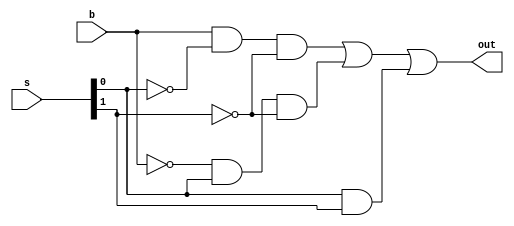
module ArithmeticMUX(b,s,out);
input b;
input[1:0] s;
output out;
wire y0,y1,y2,y3;
wire bnot ,n0 ,n1;
not (bnot,b);
not (n0,s[0]);
not (n1,s[1]);
parameter F=1'b0, T=1'b1;
and(y0,b,n0,n1);
and(y1,bnot,s[0],n1);
and(y2,F,n0,s[1]);
and(y3,T,s[0],s[1]);
or(out,y0,y1,y2,y3);
endmodule